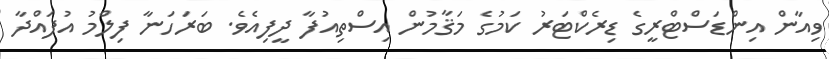
ވިއާން އިންޑަސްޓްރީގެ ޑިރެކްޓަރު ކަމުގެ މަޤާމުން އިސްތިއުފާ ދީފިއެވެ. ބަރަހަނާ ފިލްމު އުފައްދާ